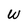
Character: W